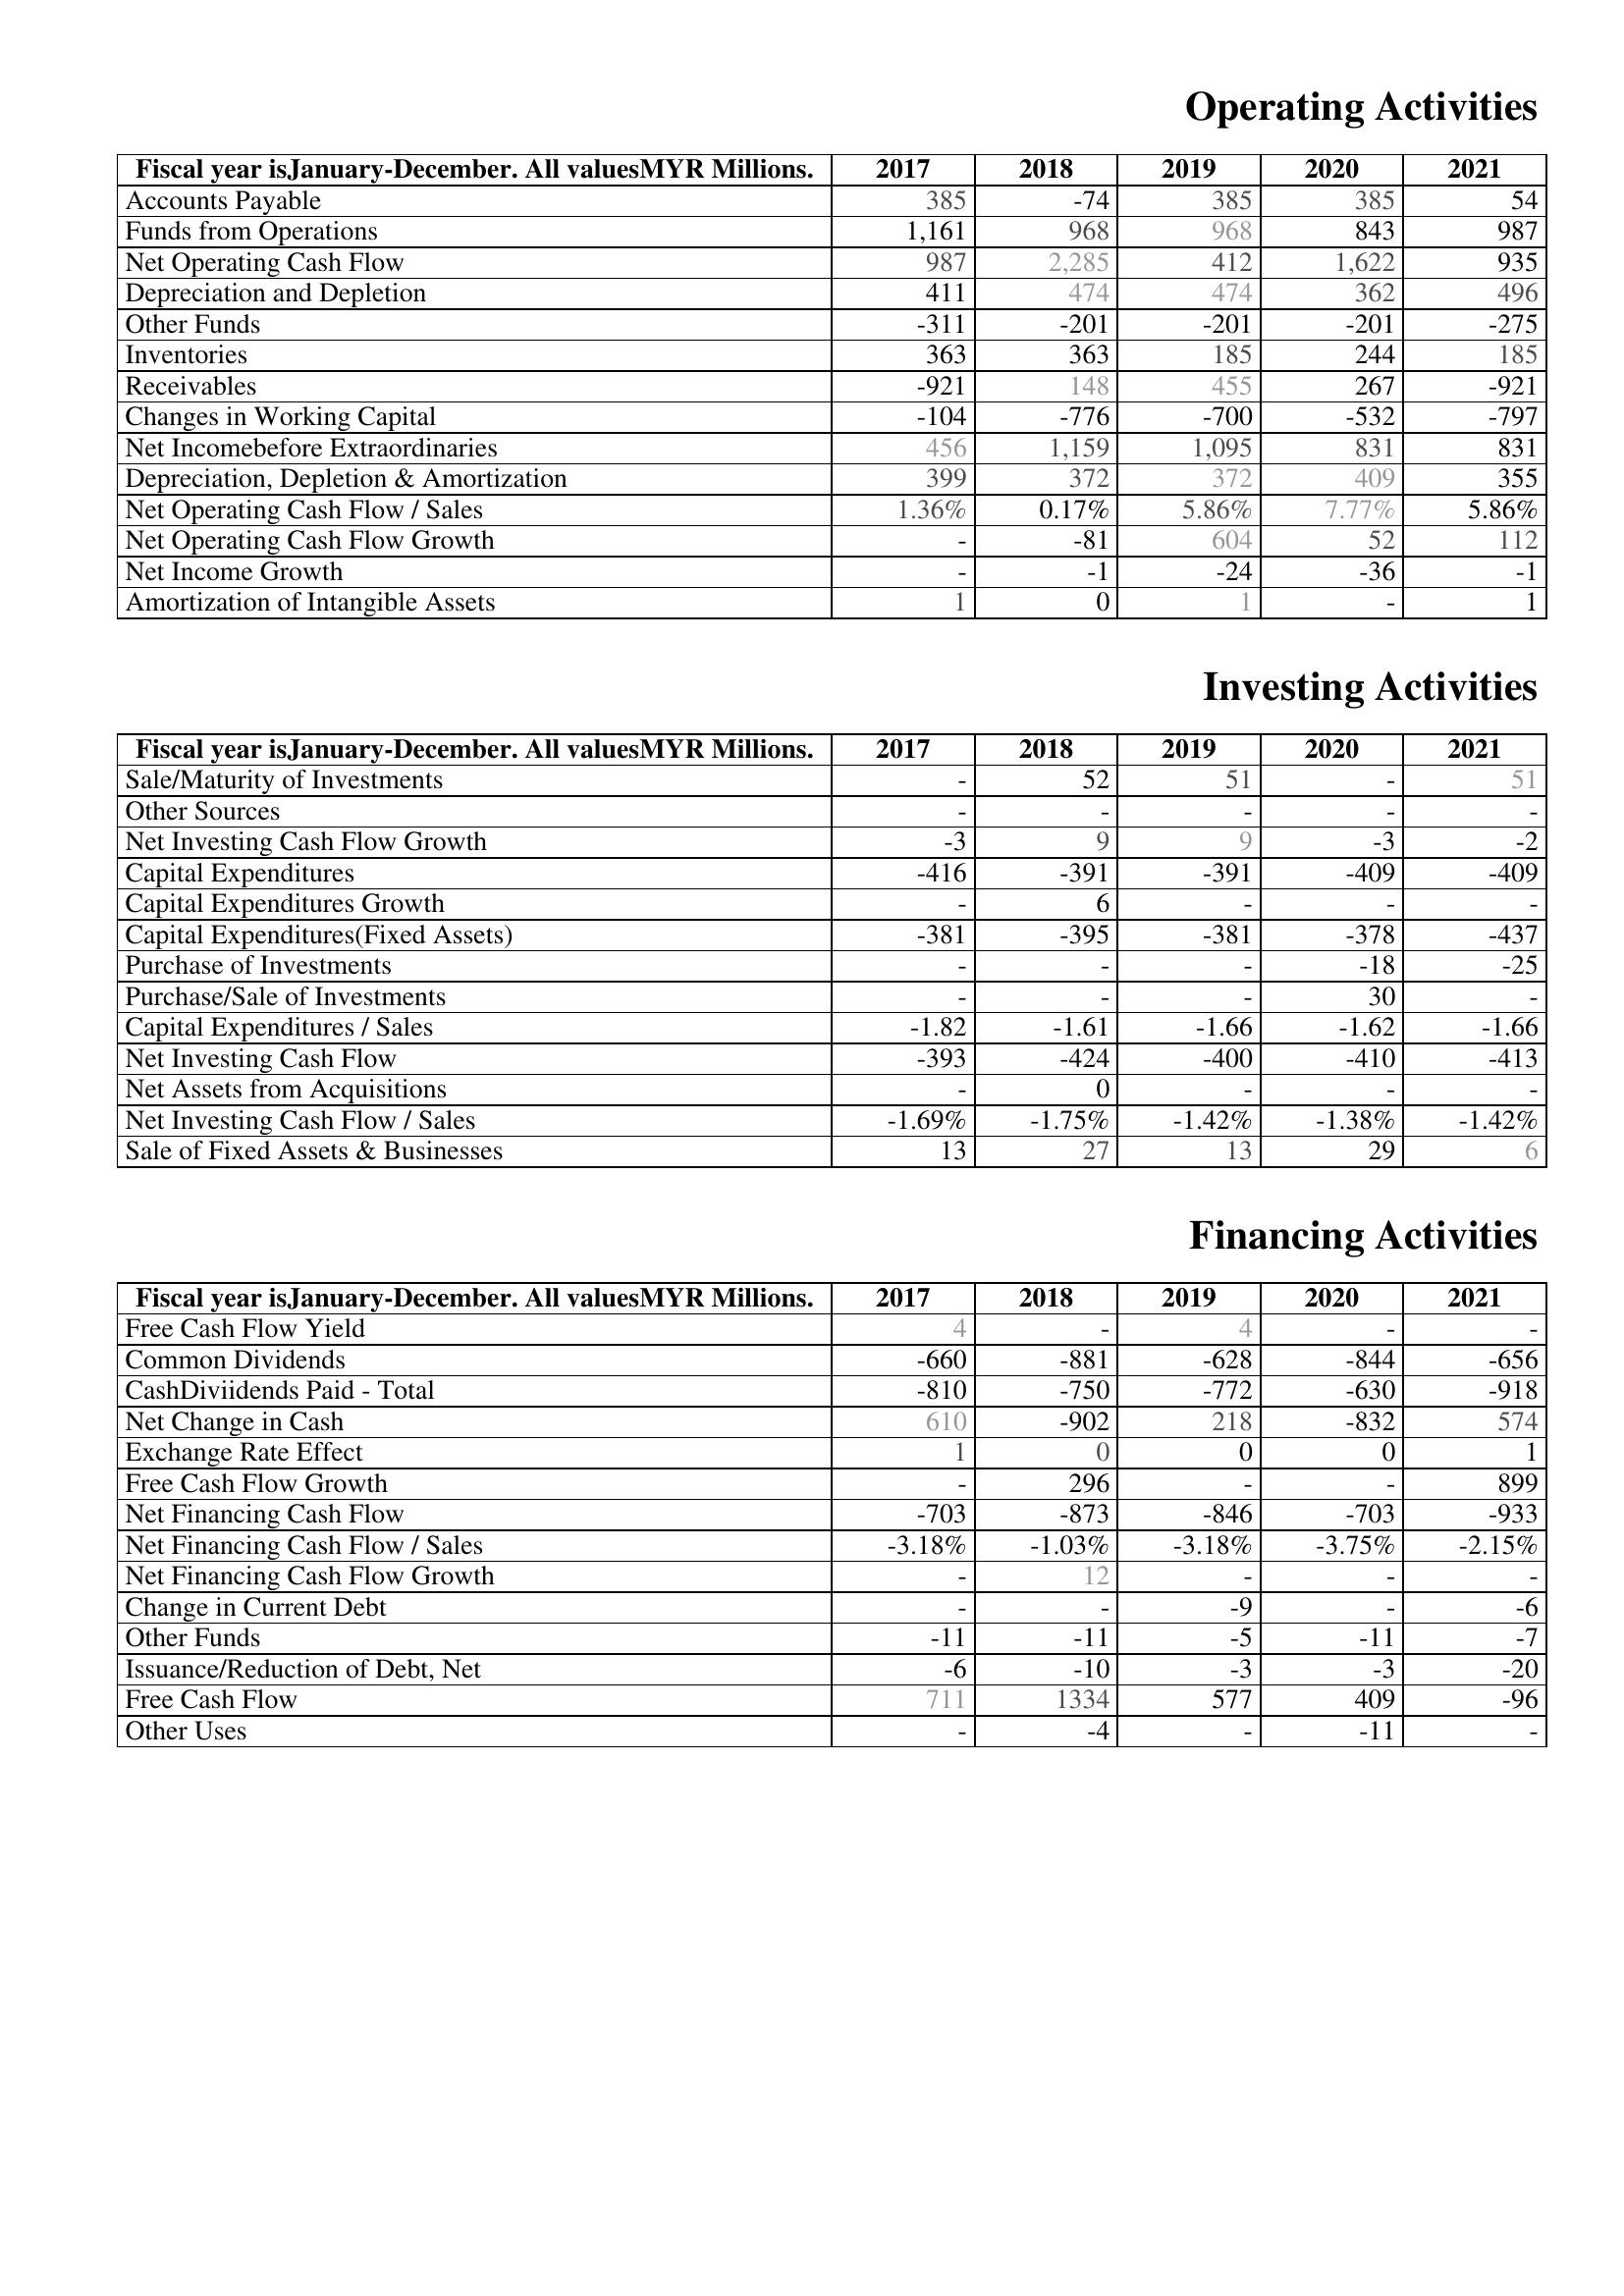
2017: Operating Activities: Accounts Payable: 385
Funds from Operations: 1,161
Net Operating Cash Flow: 987
Depreciation and Depletion: 411
Other Funds: -311
Inventories: 363
Receivables: -921
Changes in Working Capital: -104
Net Incomebefore Extraordinaries: 456
Depreciation, Depletion & Amortization: 399
Net Operating Cash Flow / Sales: 1.36%
Net Operating Cash Flow Growth: -
Net Income Growth: -
Amortization of Intangible Assets: 1
Investing Activities: Sale/Maturity of Investments: -
Other Sources: -
Net Investing Cash Flow Growth: -3
Capital Expenditures: -416
Capital Expenditures Growth: -
Capital Expenditures(Fixed Assets): -381
Purchase of Investments: -
Purchase/Sale of Investments: -
Capital Expenditures / Sales: -1.82
Net Investing Cash Flow: -393
Net Assets from Acquisitions: -
Net Investing Cash Flow / Sales: -1.69%
Sale of Fixed Assets & Businesses: 13
Financing Activities: Free Cash Flow Yield: 4
Common Dividends: -660
CashDiviidends Paid - Total: -810
Net Change in Cash: 610
Exchange Rate Effect: 1
Free Cash Flow Growth: -
Net Financing Cash Flow: -703
Net Financing Cash Flow / Sales: -3.18%
Net Financing Cash Flow Growth: -
Change in Current Debt: -
Other Funds: -11
Issuance/Reduction of Debt, Net: -6
Free Cash Flow: 711
Other Uses: -
2018: Operating Activities: Accounts Payable: -74
Funds from Operations: 968
Net Operating Cash Flow: 2,285
Depreciation and Depletion: 474
Other Funds: -201
Inventories: 363
Receivables: 148
Changes in Working Capital: -776
Net Incomebefore Extraordinaries: 1,159
Depreciation, Depletion & Amortization: 372
Net Operating Cash Flow / Sales: 0.17%
Net Operating Cash Flow Growth: -81
Net Income Growth: -1
Amortization of Intangible Assets: 0
Investing Activities: Sale/Maturity of Investments: 52
Other Sources: -
Net Investing Cash Flow Growth: 9
Capital Expenditures: -391
Capital Expenditures Growth: 6
Capital Expenditures(Fixed Assets): -395
Purchase of Investments: -
Purchase/Sale of Investments: -
Capital Expenditures / Sales: -1.61
Net Investing Cash Flow: -424
Net Assets from Acquisitions: 0
Net Investing Cash Flow / Sales: -1.75%
Sale of Fixed Assets & Businesses: 27
Financing Activities: Free Cash Flow Yield: -
Common Dividends: -881
CashDiviidends Paid - Total: -750
Net Change in Cash: -902
Exchange Rate Effect: 0
Free Cash Flow Growth: 296
Net Financing Cash Flow: -873
Net Financing Cash Flow / Sales: -1.03%
Net Financing Cash Flow Growth: 12
Change in Current Debt: -
Other Funds: -11
Issuance/Reduction of Debt, Net: -10
Free Cash Flow: 1334
Other Uses: -4
2019: Operating Activities: Accounts Payable: 385
Funds from Operations: 968
Net Operating Cash Flow: 412
Depreciation and Depletion: 474
Other Funds: -201
Inventories: 185
Receivables: 455
Changes in Working Capital: -700
Net Incomebefore Extraordinaries: 1,095
Depreciation, Depletion & Amortization: 372
Net Operating Cash Flow / Sales: 5.86%
Net Operating Cash Flow Growth: 604
Net Income Growth: -24
Amortization of Intangible Assets: 1
Investing Activities: Sale/Maturity of Investments: 51
Other Sources: -
Net Investing Cash Flow Growth: 9
Capital Expenditures: -391
Capital Expenditures Growth: -
Capital Expenditures(Fixed Assets): -381
Purchase of Investments: -
Purchase/Sale of Investments: -
Capital Expenditures / Sales: -1.66
Net Investing Cash Flow: -400
Net Assets from Acquisitions: -
Net Investing Cash Flow / Sales: -1.42%
Sale of Fixed Assets & Businesses: 13
Financing Activities: Free Cash Flow Yield: 4
Common Dividends: -628
CashDiviidends Paid - Total: -772
Net Change in Cash: 218
Exchange Rate Effect: 0
Free Cash Flow Growth: -
Net Financing Cash Flow: -846
Net Financing Cash Flow / Sales: -3.18%
Net Financing Cash Flow Growth: -
Change in Current Debt: -9
Other Funds: -5
Issuance/Reduction of Debt, Net: -3
Free Cash Flow: 577
Other Uses: -
2020: Operating Activities: Accounts Payable: 385
Funds from Operations: 843
Net Operating Cash Flow: 1,622
Depreciation and Depletion: 362
Other Funds: -201
Inventories: 244
Receivables: 267
Changes in Working Capital: -532
Net Incomebefore Extraordinaries: 831
Depreciation, Depletion & Amortization: 409
Net Operating Cash Flow / Sales: 7.77%
Net Operating Cash Flow Growth: 52
Net Income Growth: -36
Amortization of Intangible Assets: -
Investing Activities: Sale/Maturity of Investments: -
Other Sources: -
Net Investing Cash Flow Growth: -3
Capital Expenditures: -409
Capital Expenditures Growth: -
Capital Expenditures(Fixed Assets): -378
Purchase of Investments: -18
Purchase/Sale of Investments: 30
Capital Expenditures / Sales: -1.62
Net Investing Cash Flow: -410
Net Assets from Acquisitions: -
Net Investing Cash Flow / Sales: -1.38%
Sale of Fixed Assets & Businesses: 29
Financing Activities: Free Cash Flow Yield: -
Common Dividends: -844
CashDiviidends Paid - Total: -630
Net Change in Cash: -832
Exchange Rate Effect: 0
Free Cash Flow Growth: -
Net Financing Cash Flow: -703
Net Financing Cash Flow / Sales: -3.75%
Net Financing Cash Flow Growth: -
Change in Current Debt: -
Other Funds: -11
Issuance/Reduction of Debt, Net: -3
Free Cash Flow: 409
Other Uses: -11
2021: Operating Activities: Accounts Payable: 54
Funds from Operations: 987
Net Operating Cash Flow: 935
Depreciation and Depletion: 496
Other Funds: -275
Inventories: 185
Receivables: -921
Changes in Working Capital: -797
Net Incomebefore Extraordinaries: 831
Depreciation, Depletion & Amortization: 355
Net Operating Cash Flow / Sales: 5.86%
Net Operating Cash Flow Growth: 112
Net Income Growth: -1
Amortization of Intangible Assets: 1
Investing Activities: Sale/Maturity of Investments: 51
Other Sources: -
Net Investing Cash Flow Growth: -2
Capital Expenditures: -409
Capital Expenditures Growth: -
Capital Expenditures(Fixed Assets): -437
Purchase of Investments: -25
Purchase/Sale of Investments: -
Capital Expenditures / Sales: -1.66
Net Investing Cash Flow: -413
Net Assets from Acquisitions: -
Net Investing Cash Flow / Sales: -1.42%
Sale of Fixed Assets & Businesses: 6
Financing Activities: Free Cash Flow Yield: -
Common Dividends: -656
CashDiviidends Paid - Total: -918
Net Change in Cash: 574
Exchange Rate Effect: 1
Free Cash Flow Growth: 899
Net Financing Cash Flow: -933
Net Financing Cash Flow / Sales: -2.15%
Net Financing Cash Flow Growth: -
Change in Current Debt: -6
Other Funds: -7
Issuance/Reduction of Debt, Net: -20
Free Cash Flow: -96
Other Uses: -